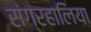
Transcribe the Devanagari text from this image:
संग्रहालिया